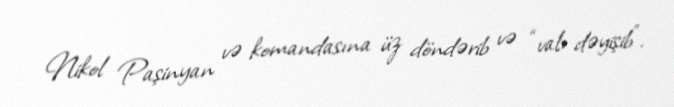
Nikol Paşinyan və komandasına üz döndərib və “valı dəyişib”.